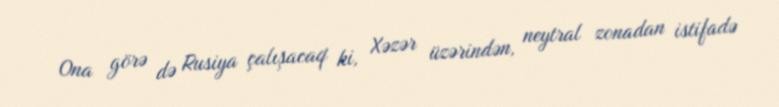
Ona görə də Rusiya çalışacaq ki, Xəzər üzərindən, neytral zonadan istifadə